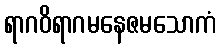
ရာဂဝိရာဂမနေဇမသောကံ